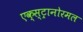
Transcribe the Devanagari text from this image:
एक्स्ट्रानोरमल